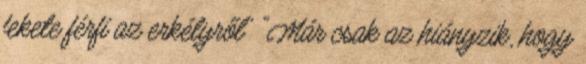
fekete férfi az erkélyről" "Már csak az hiányzik, hogy